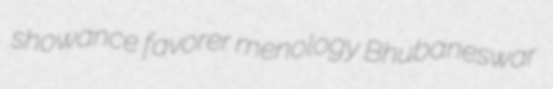
showance favorer menology Bhubaneswar